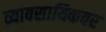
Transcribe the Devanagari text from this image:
व्यावसायिकवर